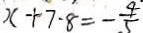
x + 7 \cdot 8 = - \frac { 4 } { 5 }